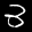
Label: 3